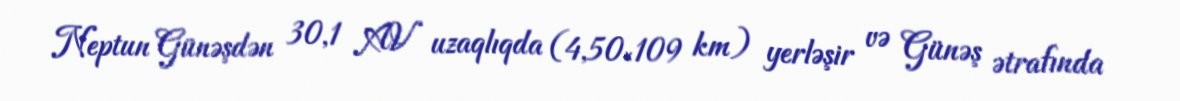
Neptun Günəşdən 30,1 AV uzaqlıqda (4,50×109 km) yerləşir və Günəş ətrafında